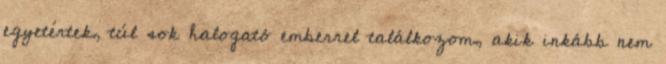
egyetértek, túl sok halogató emberrel találkozom, akik inkább nem